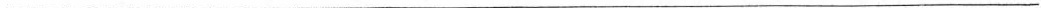
______________________________